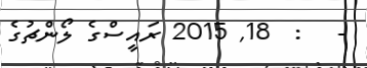
-   :  18